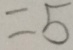
= 5